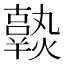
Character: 𤒒